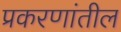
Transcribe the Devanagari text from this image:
प्रकरणांतील